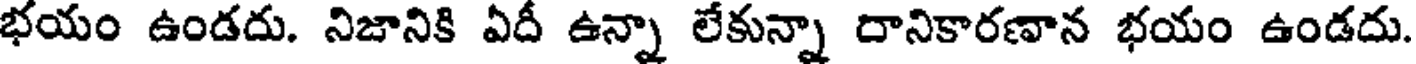
భయం ఉండదు. నిజానికి ఏదీ ఉన్నా లేకున్నా రానికారణాన భయం ఉండదు.